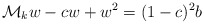
\begin{align*}\mathcal{M}_k w-cw+w^2=(1-c)^2b\end{align*}